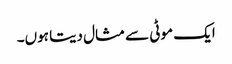
ایک موٹی سے مثال دیتا ہوں۔